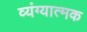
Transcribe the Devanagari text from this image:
व्‍यंग्‍यात्‍मक